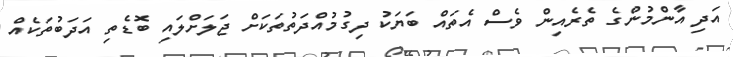
އަދި އާންމުންގެ ތެރެއިން ވެސް އެތައް ބަޔަކު ދިގުމުއްދަތުތަކަށް ޖަލަށްލައި ބޮޑެތި އަދަބުތަކެއް